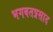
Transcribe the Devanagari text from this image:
भगवतप्रसाद